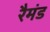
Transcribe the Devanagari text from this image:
रैमंड